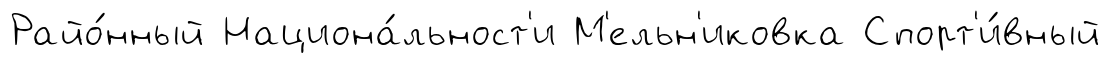
Райо́нный Национа́льност'и М'ельн'иковка Спорт'и́вный